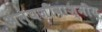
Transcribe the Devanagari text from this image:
अल्पजीवाश्मीय